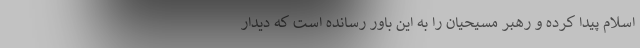
اسلام پیدا کرده و رهبر مسیحیان را به این باور رسانده است که دیدار